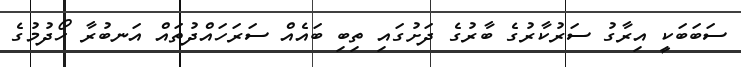
ސަބަބަކީ އިރާގު ސަރުކާރުގެ ބާރުގެ ދަށުގައި ތިބި ބައެއް ސަރަހައްދުތައް އަނބުރާ ހޯދުމުގެ